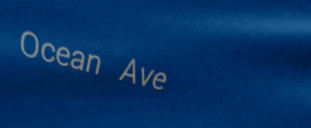
Ocean Ave